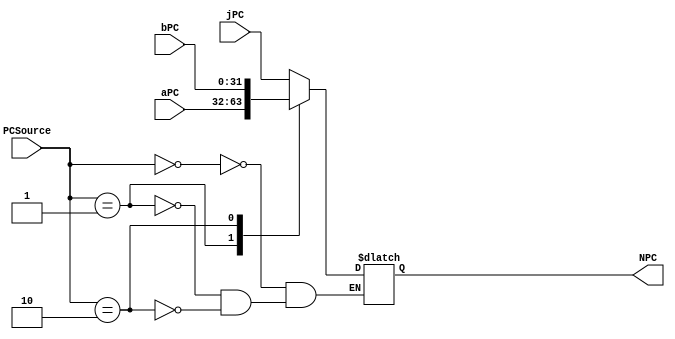
`timescale 1ns / 1ps
//////////////////////////////////////////////////////////////////////////////////
// Company: 
// Engineer: 
// 
// Design Name: 
// Module Name: MUX32_3to1
// Project Name: 
// Target Devices: 
// Tool Versions: 
// Description: 
// 
// Dependencies: 
// 
// Revision:
// Revision 0.01 - File Created
// Additional Comments:
// 
//////////////////////////////////////////////////////////////////////////////////


module MUX32_3to1(
input [31:0] jPC,//jump
input [31:0] aPC,//ALU
input [31:0] bPC,//branch
input [1:0] PCSource,
output reg [31:0] NPC//PC
    );
    always@(*)
    begin
        case(PCSource)
        2'b00:NPC=jPC;
        2'b01:NPC=aPC;
        2'b10:NPC=bPC;
        endcase
    end
endmodule